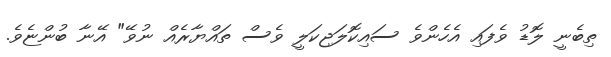
ތިބެނީ ލޮޑު ވެފައި އެހެންވެ ސައިކޮލަޖިކަލީ ވެސް ތައްޔާރެއް ނުވޭ" އޭނާ ބުންޏެވެ.